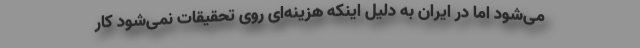
می‌شود اما در ایران به دلیل اینکه هزینه‌ای روی تحقیقات نمی‌شود کار